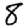
Digit: 8